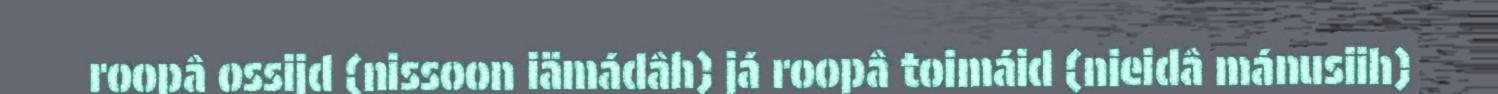
roopâ ossijd (nissoon iämádâh) já roopâ toimáid (nieidâ mánusiih)